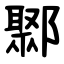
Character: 鄹